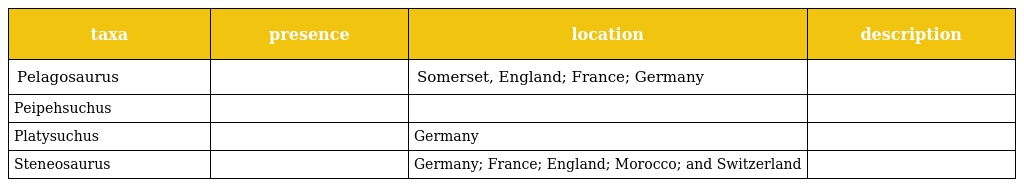
| taxa | presence | location | description |
 | --- | --- | --- | --- |
 | Pelagosaurus |  | Somerset, England; France; Germany |  |
 | Peipehsuchus |  |  |  |
 | Platysuchus |  | Germany |  |
 | Steneosaurus |  | Germany; France; England; Morocco; and Switzerland |  |